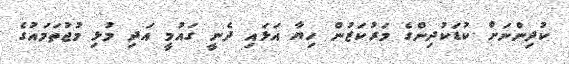
ކުދިންނަށް ކުޑަކުދިންގެ މަރުކަޒުން ހިޔާ އަޅައި ދެނީ ގައުމީ އަދި މުޅި މުޖުތަމައުގެ